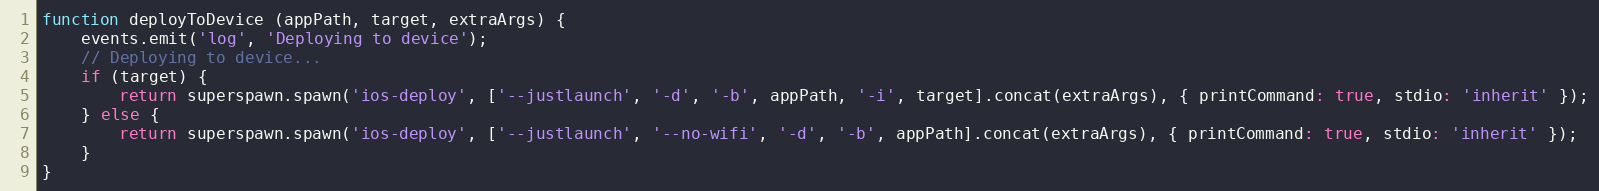
Language: JavaScript
function deployToDevice (appPath, target, extraArgs) {
    events.emit('log', 'Deploying to device');
    // Deploying to device...
    if (target) {
        return superspawn.spawn('ios-deploy', ['--justlaunch', '-d', '-b', appPath, '-i', target].concat(extraArgs), { printCommand: true, stdio: 'inherit' });
    } else {
        return superspawn.spawn('ios-deploy', ['--justlaunch', '--no-wifi', '-d', '-b', appPath].concat(extraArgs), { printCommand: true, stdio: 'inherit' });
    }
}